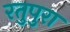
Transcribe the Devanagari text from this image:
रतुपुरा